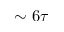
\sim 6 \tau